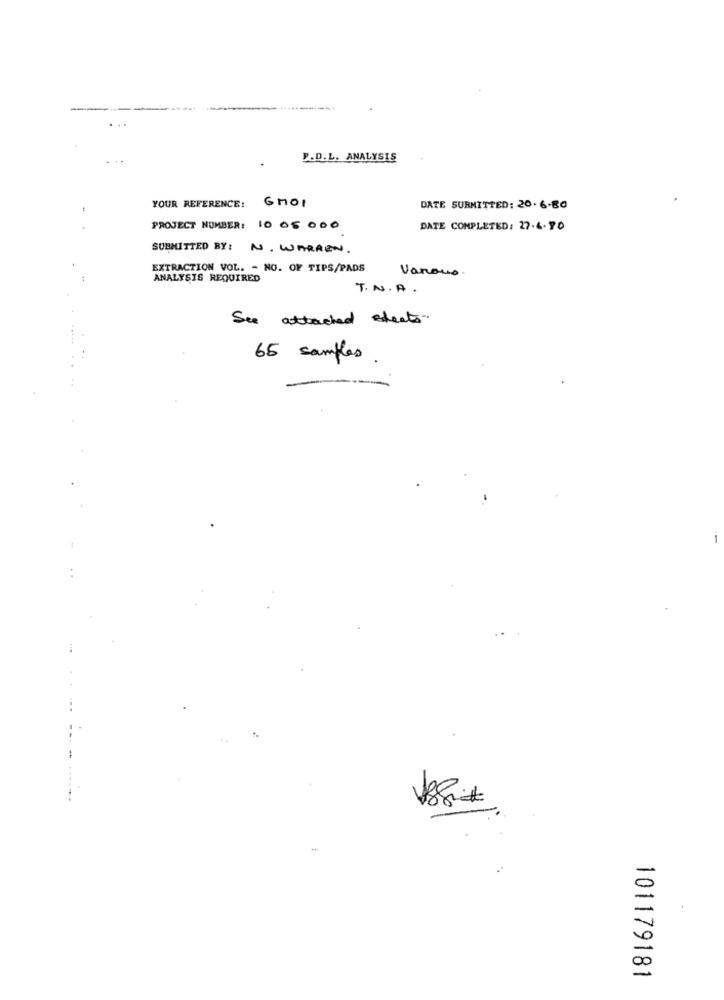
---
-----------
P.D.L. ANALYSIS
YOUR REFERENCE: GMOI
DATE SUBMITTED: 20. 6-80
PROJECT NUMBER: 10 05 000
DATE COMPLETED: 27.4.90
SUBMITTED BY: N. WARREN.
EXTRACTION VOL. - NO. OF TIPS/PADS
Vanous.
ANALYSIS REQUIRED
T.N.A.
See attached sheets
65 samples.
0
-
101179181